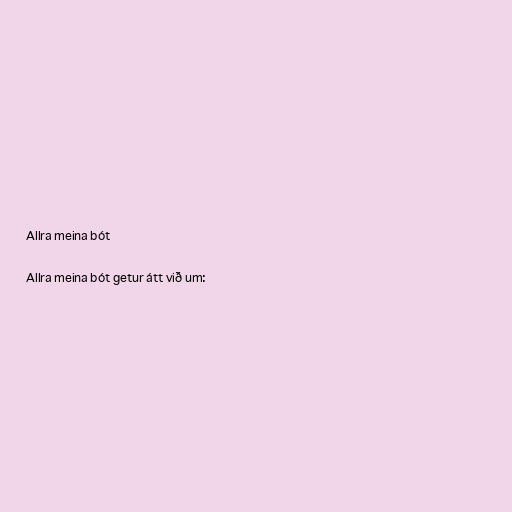
Allra meina bót

Allra meina bót getur átt við um: